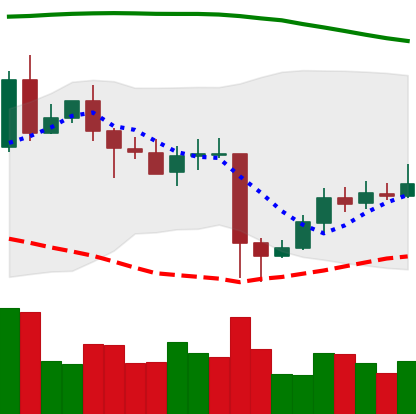
Ticker: EOS-USD
Chart end date: 2020-05-18
Forward return: -3.265%
Label: down_3_5